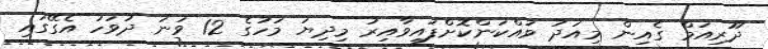
ދޫރިއަމް ގެއިން މިއަދު ވައްކަންކޮށްފައިވާއިރު މިދިޔަ މަހުގެ 12 ވަނަ ދުވަހު އެގޭގައި